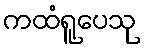
ကထံရူပေသု